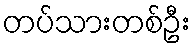
တပ်သားတစ်ဦး